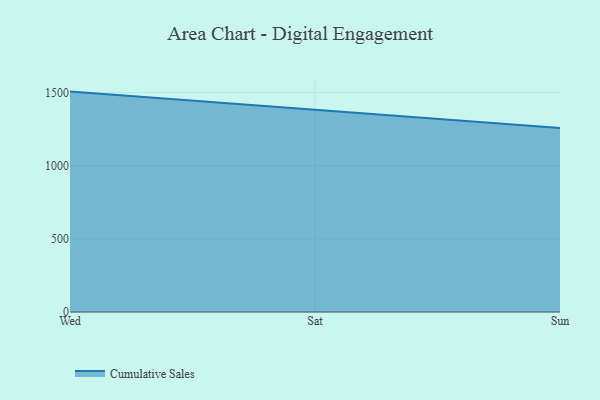
{"axis": {"x": "Day", "y": "Budget (USD K)"}, "legend": ["Cumulative Sales"], "data": [{"x": "Wed", "y": 1506.6, "type": "Cumulative Sales"}, {"x": "Sat", "y": 1383.4, "type": "Cumulative Sales"}, {"x": "Sun", "y": 1257.0, "type": "Cumulative Sales"}]}